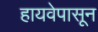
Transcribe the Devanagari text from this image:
हायवेपासून